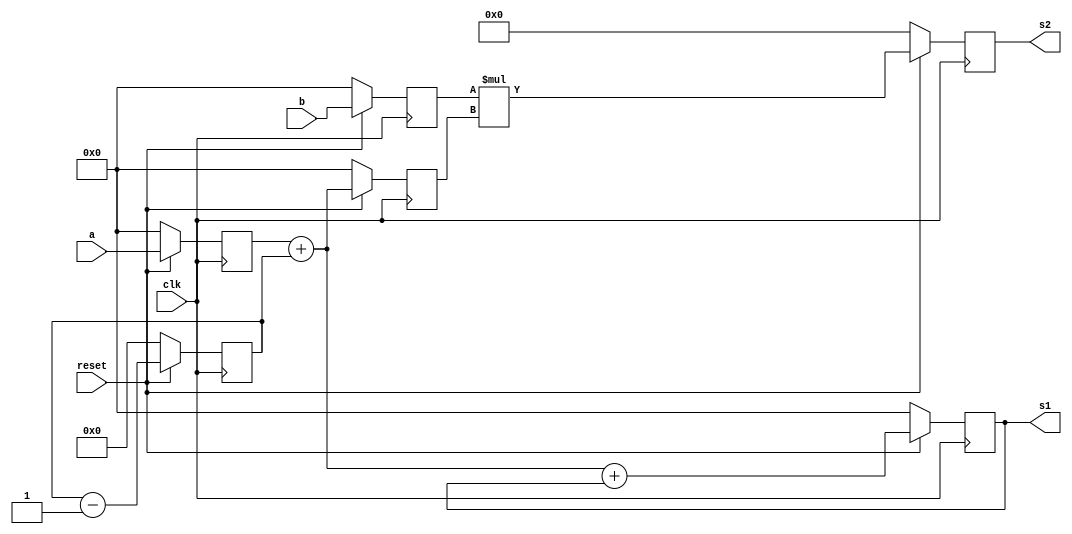
module design2(
   input [7:0] a,
   input [7:0] b, 
   input clk,
   input reset,
   output[7:0] s1,
   output[15:0] s2
);

wire [7:0] din1;
wire [7:0] din2;                  //variable
wire [15:0] din3;
reg [5:0] c;                     //couter
reg [7:0] r1;
reg [7:0] r2;
reg [7:0] r3;
reg [7:0] r4;
reg [7:0] r5;        // 8-bit reg
reg [15:0] r6;    // 16-bit reg

assign s1 = r4;
assign s2 = r6;
assign din1 = r1 + c;
assign din2 = din1 + r4;
assign din3 = r2 * r3;
always@(posedge clk)
  if ( reset==0 )
    c<=0;
  else
    c<=c-1;

always@(posedge clk)
  if ( reset==0 )
    begin
    r1<=0;
    r2<=0;
    r3<=0;
    r4<=0;
    r5<=0;
    r6<=0;
    end
  else
    begin
    r1<=a;
    r2<=b;
    r3<=din1;
    r4<=din2;
    r5<=r3;
    r6<=din3;
    end
endmodule

 



module A;

reg [7:0] a, b;
wire [7:0] s1;
wire [15:0] s2;
reg rst, clk;

design2 d1(.a(a), .b(b), .clk(clk), .reset(rst), .s1(s1), .s2(s2) );

initial
  begin
 a = 5;
 b = 7;
 clk = 0;
 rst = 0;
 #1000 $stop;
  end


always #5 clk = ~clk;
always #10 rst=1;

endmodule